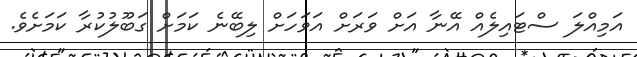
އަމިއްލަ ސްޓައިލެއް އޭނާ އަށް ވަރަށް އަވަހަށް ލިބޭނެ ކަމަށް ގަބޫލުކުރާ ކަމަށެވެ.